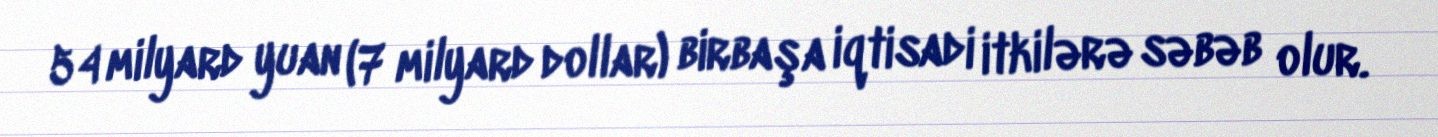
54 milyard yuan (7 milyard dollar) birbaşa iqtisadi itkilərə səbəb olur.